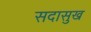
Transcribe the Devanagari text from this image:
सदासुख